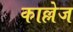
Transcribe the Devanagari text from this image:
काल्लेज